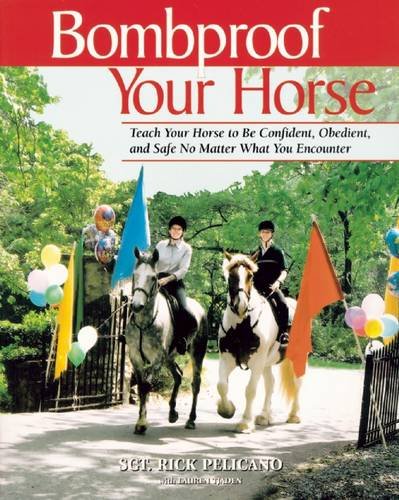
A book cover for Bombproof Your Horse: Teach Your Horse to Be Confident, Obedient, and Safe, No Matter What You Encounter; Rick Pelicano; Sports & Outdoors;